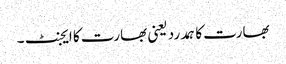
بھارت کا ہمدرد یعنی بھارت کا ایجنٹ ۔